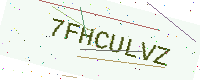
Text: 7FHCULVZ